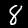
Label: 8